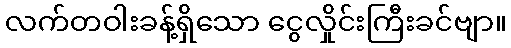
လက်တဝါးခန့်ရှိသော ငွေလှိုင်းကြီးခင်ဗျာ။